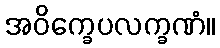
အဝိက္ခေပလက္ခဏံ။